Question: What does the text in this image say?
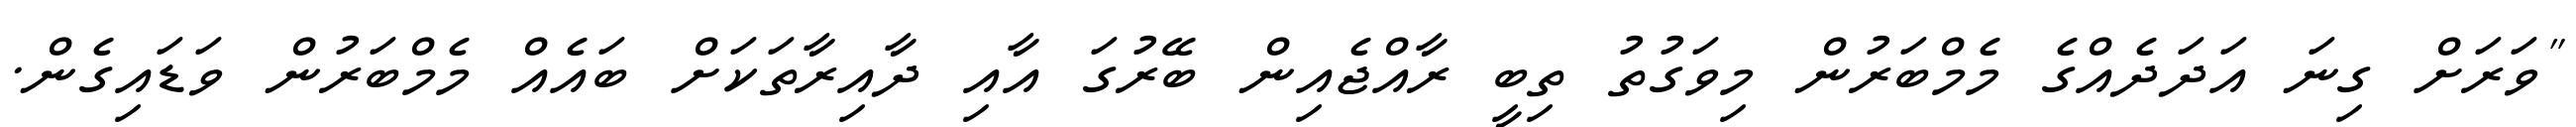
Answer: "ވަރަށް ގިނަ އަދަދެއްގެ މެމްބަރުން މިވަގުތު ތިބީ ރާއްޖެއިން ބޭރުގަ އާއި ދާއިރާތަކަށް ބައެއް މެމްބަރުން ވަޑައިގެން.